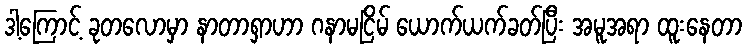
ဒါ့ကြောင့် ခုတလောမှာ နာတာရှာဟာ ဂနာမငြိမ် ယောက်ယက်ခတ်ပြီး အမူအရာ ထူးနေတာ